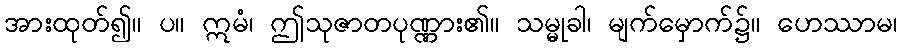
အားထုတ်၍။ ပ။ ဣမံ၊ ဤသုဇာတပုဏ္ဏား၏။ သမ္မုခါ၊ မျက်မှောက်၌။ ဟေဿာမ၊